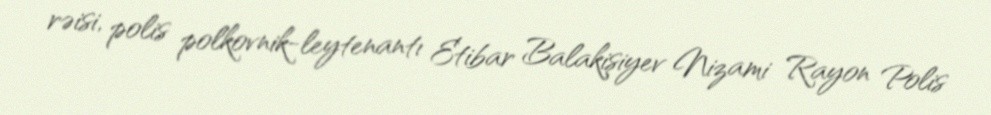
rəisi, polis polkovnik-leytenantı Etibar Balakişiyev Nizami Rayon Polis